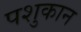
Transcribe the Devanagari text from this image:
पशुकान